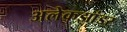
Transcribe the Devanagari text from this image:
अलेकझांडर